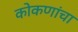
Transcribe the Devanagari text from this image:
कोकणांचा